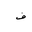
Letter: _fa